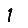
Digit: 1